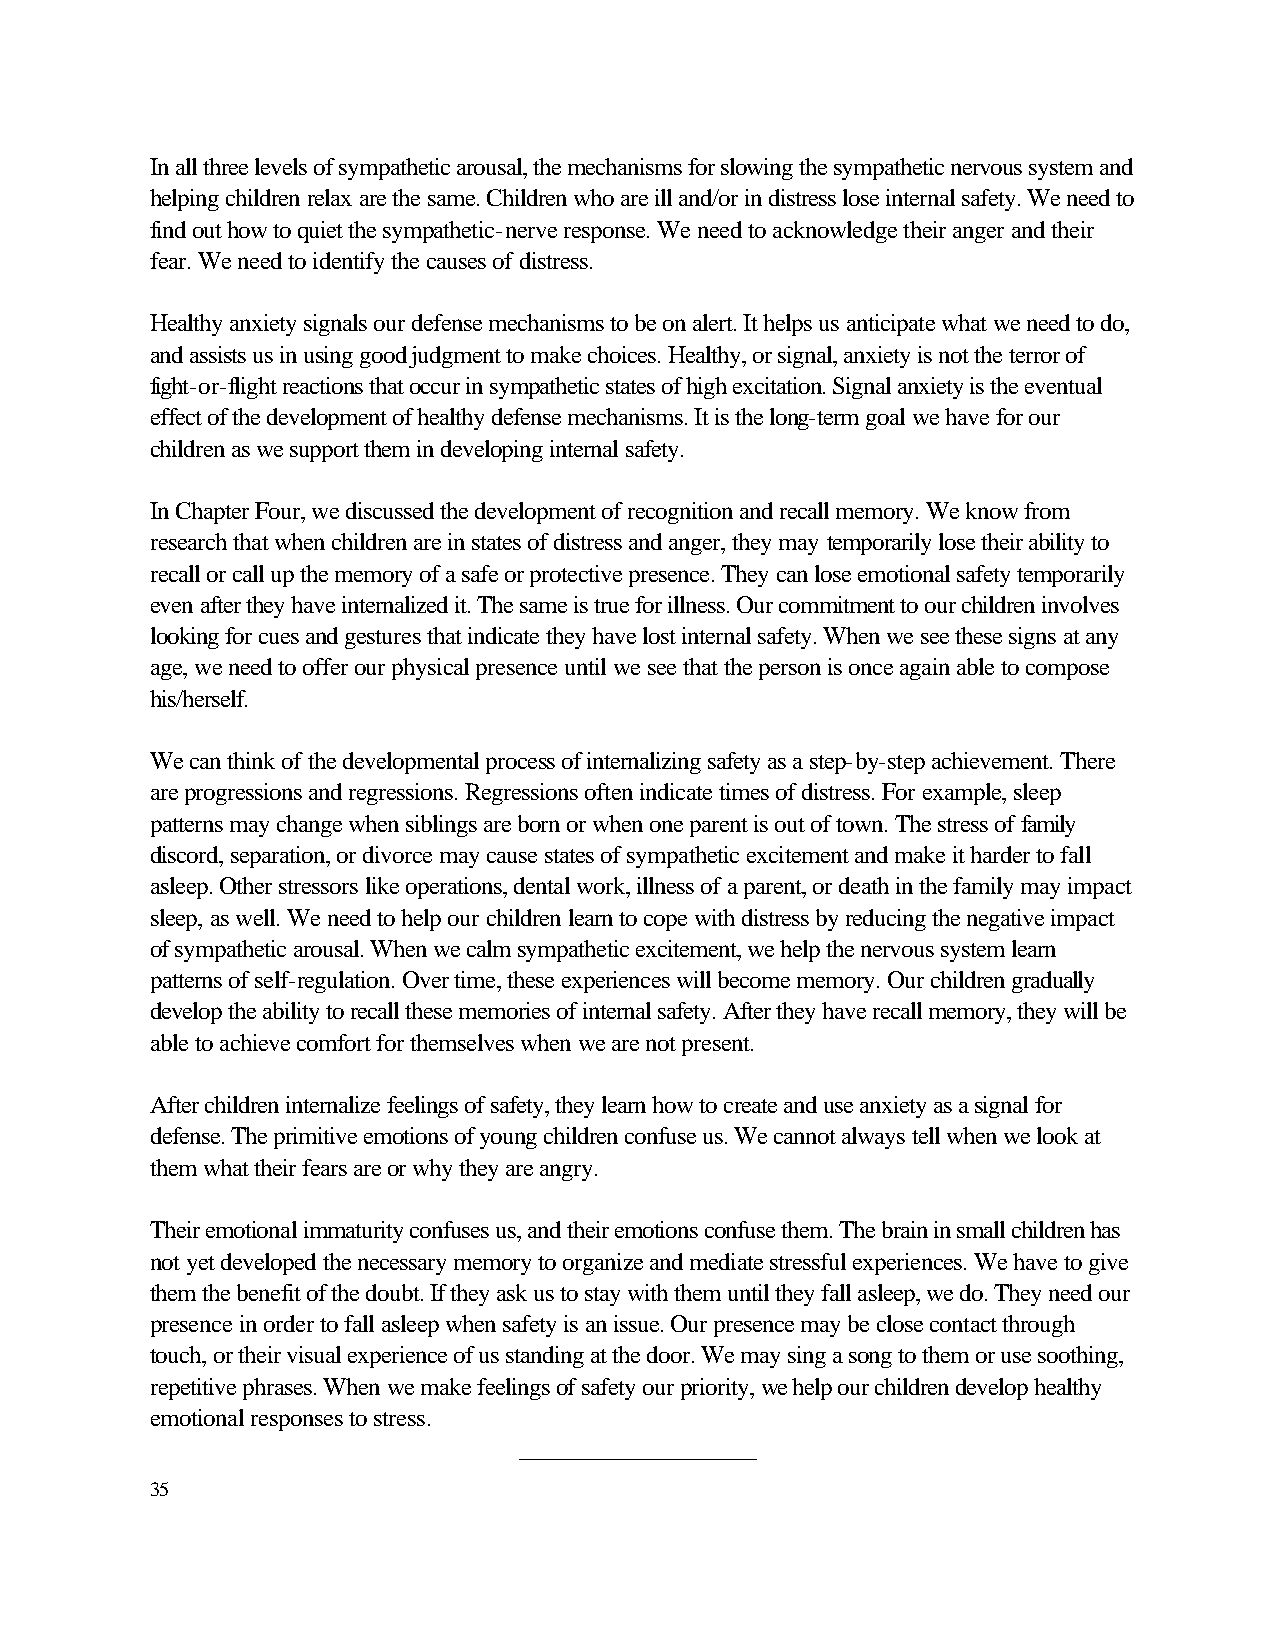
In all three levels of sympathetic arousal, the mechanisms for slowing the sympathetic nervous system and
 helping children relax are the same. Children who are ill and/or in distress lose internal safety. We need to
 find out how to quiet the sympathetic-nerve response. We need to acknowledge their anger and their
 fear. We need to identify the causes of distress.
 Healthy anxiety signals our defense mechanisms to be on alert. It helps us anticipate what we need to do,
 and assists us in using good judgment to make choices. Healthy, or signal, anxiety is not the terror of
 fight-or-flight reactions that occur in sympathetic states of high excitation. Signal anxiety is the eventual
 effect of the development of healthy defense mechanisms. It is the long-term goal we have for our
 children as we support them in developing internal safety.
 In Chapter Four, we discussed the development of recognition and recall memory. We know from
 research that when children are in states of distress and anger, they may temporarily lose their ability to
 recall or call up the memory of a safe or protective presence. They can lose emotional safety temporarily
 even after they have internalized it. The same is true for illness. Our commitment to our children involves
 looking for cues and gestures that indicate they have lost internal safety. When we see these signs at any
 age, we need to offer our physical presence until we see that the person is once again able to compose
 his/herself.
 We can think of the developmental process of internalizing safety as a step-by-step achievement. There
 are progressions and regressions. Regressions often indicate times of distress. For example, sleep
 patterns may change when siblings are born or when one parent is out of town. The stress of family
 discord, separation, or divorce may cause states of sympathetic excitement and make it harder to fall
 asleep. Other stressors like operations, dental work, illness of a parent, or death in the family may impact
 sleep, as well. We need to help our children learn to cope with distress by reducing the negative impact
 of sympathetic arousal. When we calm sympathetic excitement, we help the nervous system learn
 patterns of self-regulation. Over time, these experiences will become memory. Our children gradually
 develop the ability to recall these memories of internal safety. After they have recall memory, they will be
 able to achieve comfort for themselves when we are not present.
 After children internalize feelings of safety, they learn how to create and use anxiety as a signal for
 defense. The primitive emotions of young children confuse us. We cannot always tell when we look at
 them what their fears are or why they are angry.
 Their emotional immaturity confuses us, and their emotions confuse them. The brain in small children has
 not yet developed the necessary memory to organize and mediate stressful experiences. We have to give
 them the benefit of the doubt. If they ask us to stay with them until they fall asleep, we do. They need our
 presence in order to fall asleep when safety is an issue. Our presence may be close contact through
 touch, or their visual experience of us standing at the door. We may sing a song to them or use soothing,
 repetitive phrases. When we make feelings of safety our priority, we help our children develop healthy
 emotional responses to stress.
 ___________________
 35